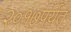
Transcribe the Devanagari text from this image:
२०१७पर्यंत